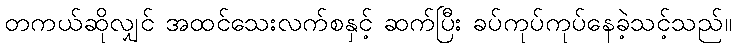
တကယ်ဆိုလျှင် အထင်သေးလက်စနှင့် ဆက်ပြီး ခပ်ကုပ်ကုပ်နေခဲ့သင့်သည်။